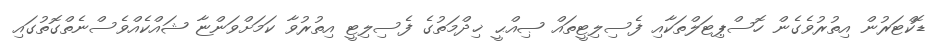
ޑޮކްޓަރުން އިތުރުވެގެން ހޮސްޕިޓަލްތަކާއި ފެސިލިޓީތައް ޞިއްޙީ ޚިދްމަތުގެ ފެސިލިޓީ އިތުރުވާ ކަމަށްވަންޏާ ޝައްކެއްވެސްނެތްގޮތުގައި